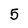
Character: 5